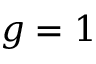
g = 1